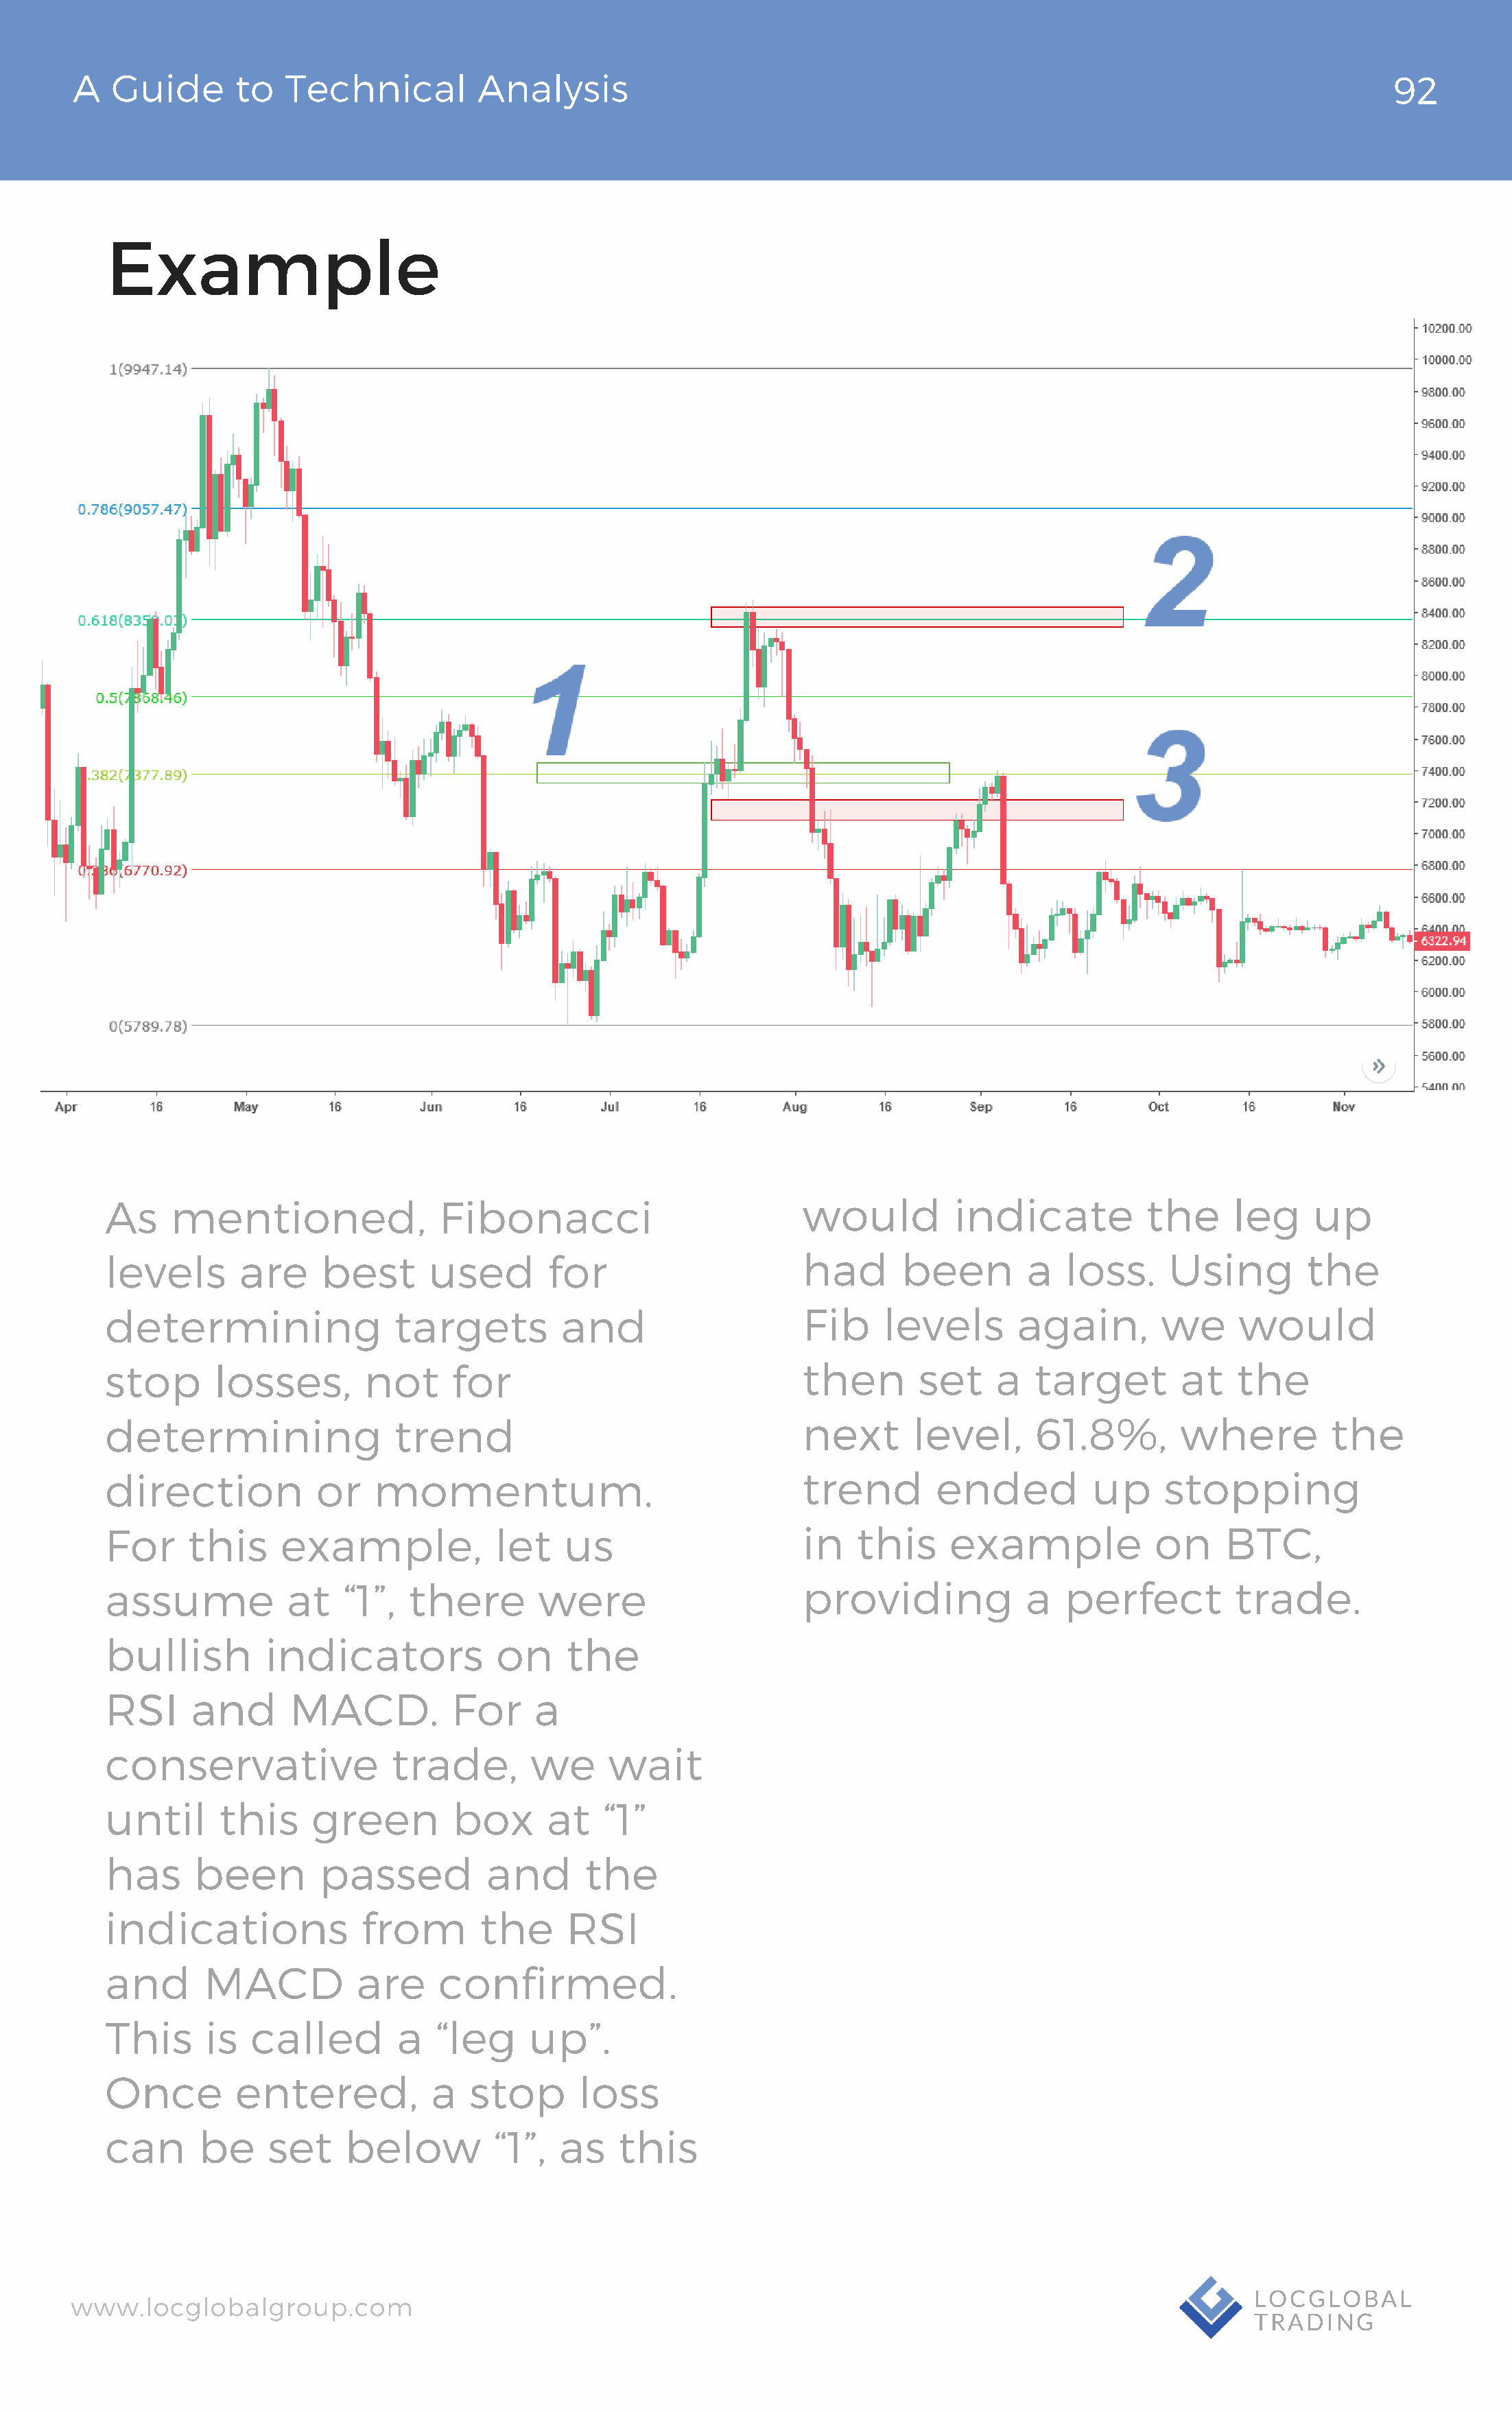
A   Guide       to  Technical          Analysis                                                                                92
 Example
 As    mentioned,                Fibonacci                          would          indicate           the     leg     up
 levels       are     best      used        for                     had       been        a   loss.     Using        the
 determining                 targets         and                    Fib     levels       again,        we      would
 stop       losses,       not      for                              then        set    a   target        at   the
 determining                 trend                                  next       level,      61.8%,        where         the
 direction            or   momentum.                                trend        ended          up     stopping
 For     this     example,             let   us                     in    this     example            on     BTC,
 assume            at   “1”,  there        were                     providing             a   perfect         trade.
 bullish         indicators            on     the
 RSI     and       MACD.           For     a
 conservative                trade,       we      wait
 until      this     green         box      at   “1”
 has      been        passed          and      the
 indications              from       the      RSI
 and       MACD          are     confirmed.
 This      is  called        a   “leg     up”.
 Once         entered,           a  stop       loss
 can      be     set    below          “1”,  as    this
 www.locglobalgroup.com                                                                                            LOCGLOBAL
 TRADING